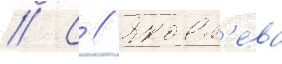
// С // Яковл'ева